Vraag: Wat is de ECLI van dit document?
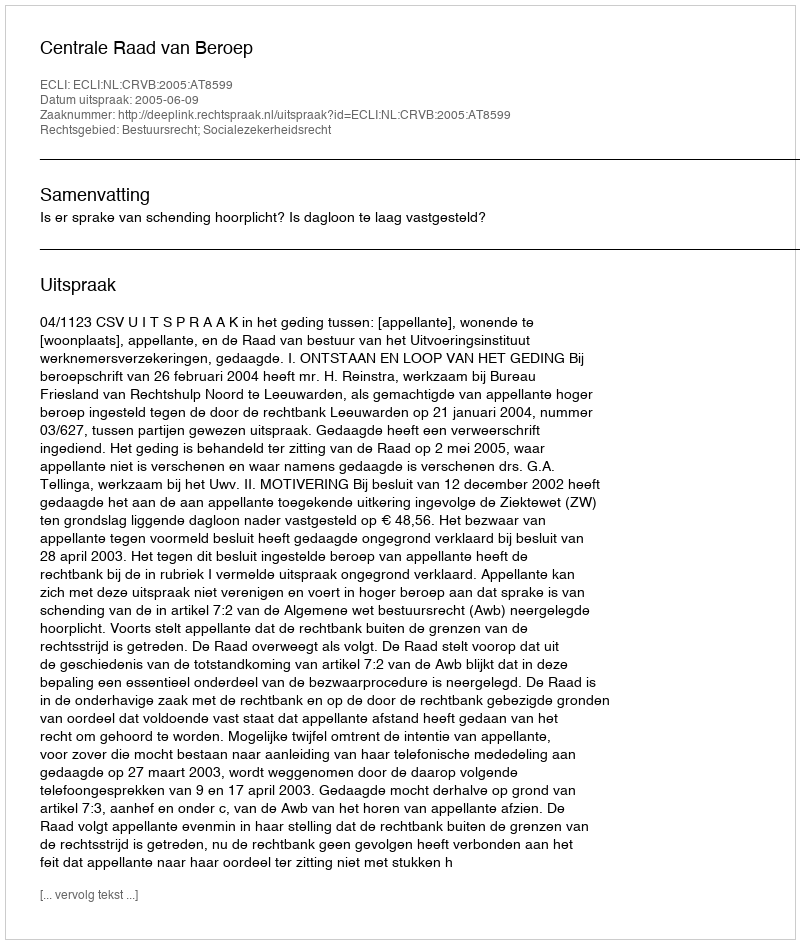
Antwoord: ECLI:NL:CRVB:2005:AT8599